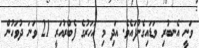
ވަނީ އެނބުރި ވަޑައިގެންފައެވެ. އަދި މި އަހަރުގެ ފެބްރުއަރީ 21 ވަނަ ދުވަހުން